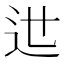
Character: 𨑘